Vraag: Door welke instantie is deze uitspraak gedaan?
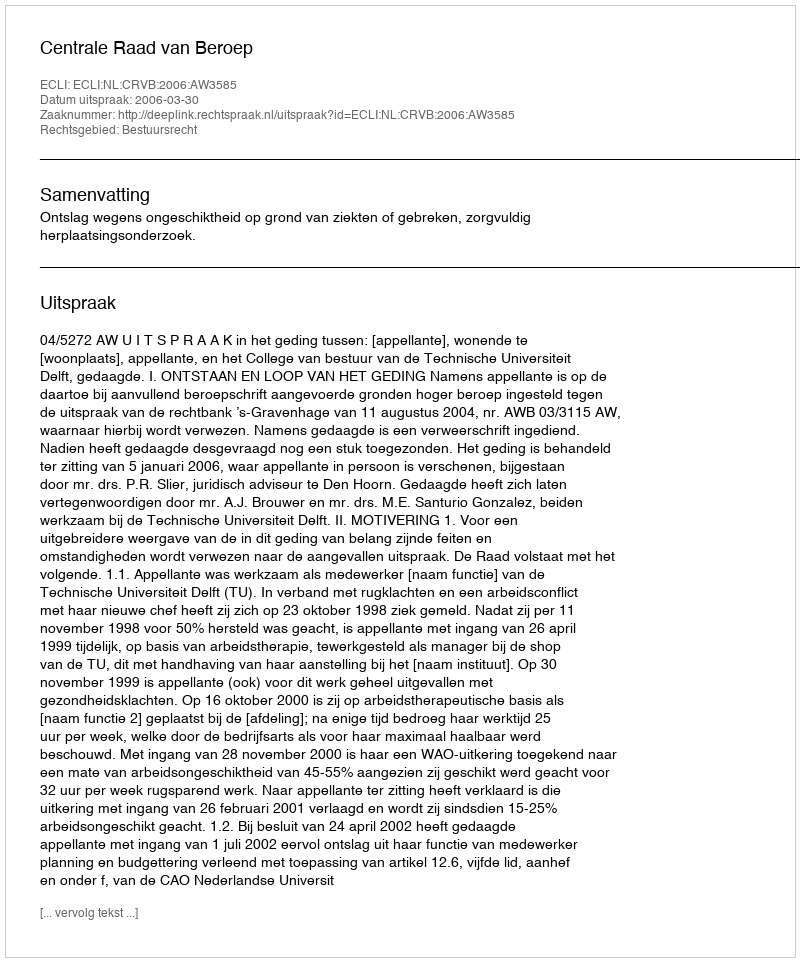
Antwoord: Centrale Raad van Beroep